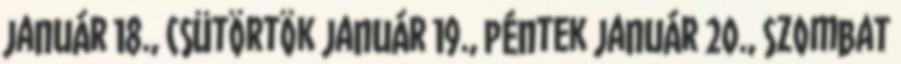
január 18., csütörtök január 19., péntek január 20., szombat